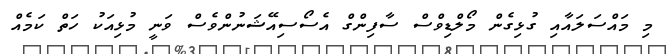
މި މައްސަލައާއި ގުޅިގެން މޯލްޑިވްސް ސާފިންގް އެސޯސިއޭޝަނުންވެސް ވަނީ މުޅިއަކު ހަތް ކަމެއް